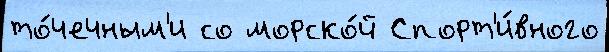
то́чечным'и со морско́й Спорт'и́вного